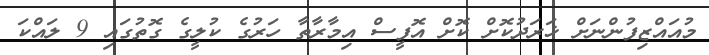
މުއައްޒިފުންނަށް ޚަރަދުކޮށް ކޮށް އޮފީސް އިމާރާތާ ހަރުގެ ކުލީގެ ގޮތުގައި 9 ލައްކަ